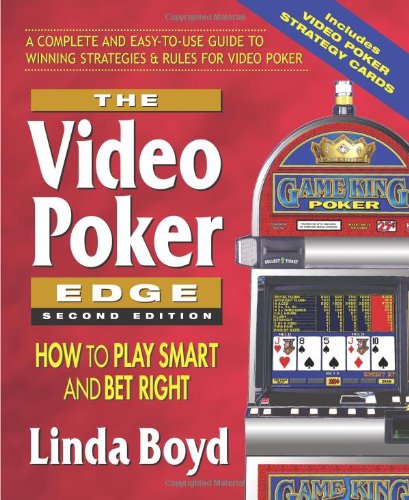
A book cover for The Video Poker Edge, Second Edition: How to Play Smart and Bet Right; Linda Boyd; Humor & Entertainment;